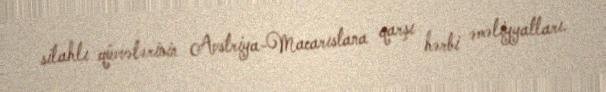
silahlı qüvvələrinin Avstriya-Macarıstana qarşı hərbi əməliyyatları.